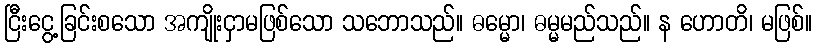
ငြီးငွေ့ခြင်းစသော အကျိုးငှာမဖြစ်သော သဘောသည်။ ဓမ္မော၊ ဓမ္မမည်သည်။ န ဟောတိ၊ မဖြစ်။